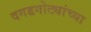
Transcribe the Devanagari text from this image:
दगडगोट्यांच्या